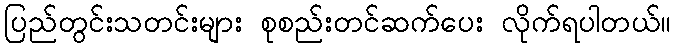
ပြည်တွင်းသတင်းများ စုစည်းတင်ဆက်ပေး လိုက်ရပါတယ်။